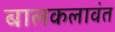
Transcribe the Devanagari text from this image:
बालकलावंत